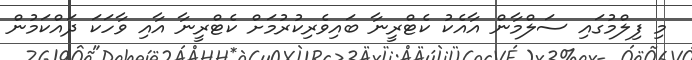
މި ފިލްމުގައި ސަލްމާން އާއެކު ކެޓްރީނާ ބައިވެރިކުރުމަށް ކެޓްރީނާ އާއި ވާހަކަ ދައްކަމުން